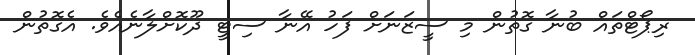
ރިޕޯޓްތައް ބުނާ ގޮތުން މި ސީޒަނަށް ފަހު އޭނާ ސިޓީ ދޫކޮށްލާނެއެވެ. އެގޮތުން